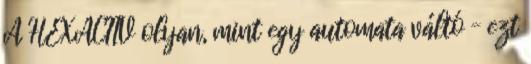
A HEXACTIV olyan, mint egy automata váltó – ezt